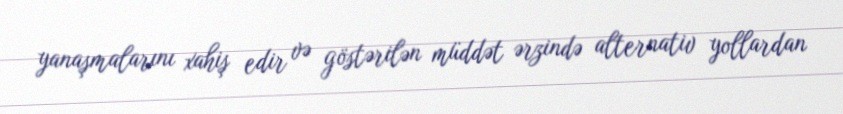
yanaşmalarını xahiş edir və göstərilən müddət ərzində alternativ yollardan